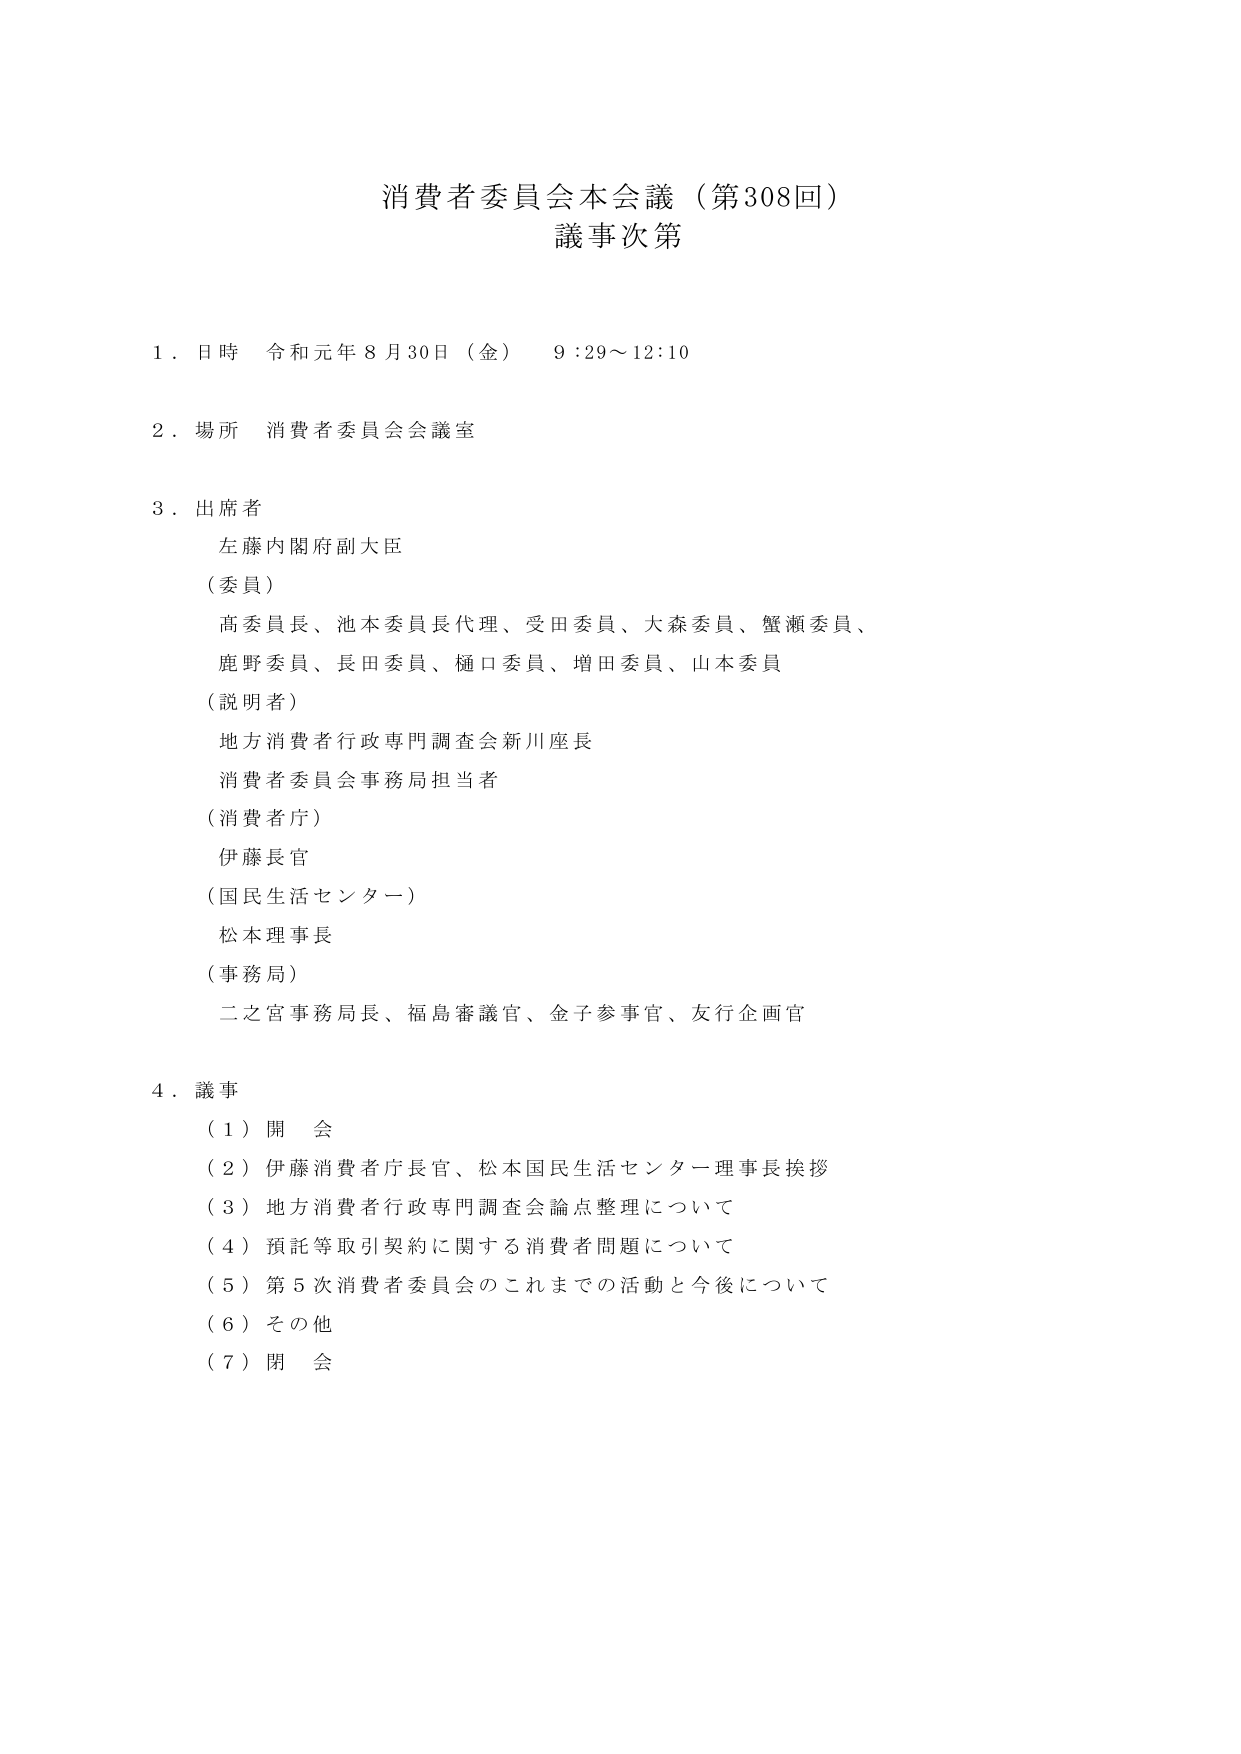
消費者委員会本会議（第308回）
議事次第

１．日時　令和元年８月30日（金）　９：29～12：10

２．場所　消費者委員会会議室

３．出席者
　　左藤内閣府副大臣
　　（委員）
　　高委員長、池本委員長代理、受田委員、大森委員、蟹瀬委員、
　　鹿野委員、長田委員、樋口委員、増田委員、山本委員
　　（説明者）
　　地方消費者行政専門調査会新川座長
　　消費者委員会事務局担当者
　　（消費者庁）
　　伊藤長官
　　（国民生活センター）
　　松本理事長
　　（事務局）
　　二之宮事務局長、福島審議官、金子参事官、友行企画官

４．議事
　　（１）開会
　　（２）伊藤消費者庁長官、松本国民生活センター理事長挨拶
　　（３）地方消費者行政専門調査会論点整理について
　　（４）預託等取引契約に関する消費者問題について
　　（５）第５次消費者委員会のこれまでの活動と今後について
　　（６）その他
　　（７）閉会